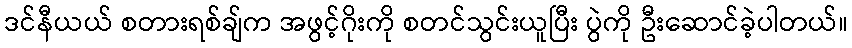
ဒင်နီယယ် စတားရစ်ချ်က အဖွင့်ဂိုးကို စတင်သွင်းယူပြီး ပွဲကို ဦးဆောင်ခဲ့ပါတယ်။